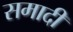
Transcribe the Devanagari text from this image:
समादी